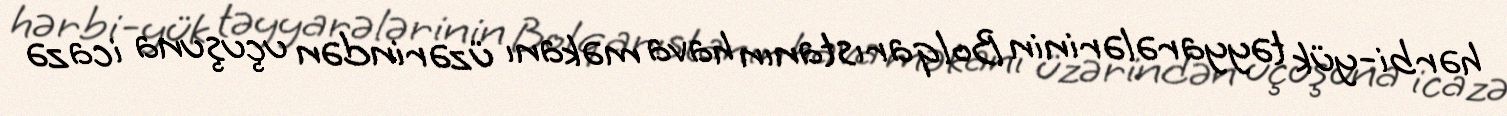
hərbi-yük təyyarələrinin Bolqarıstanın hava məkanı üzərindən uçuşuna icazə